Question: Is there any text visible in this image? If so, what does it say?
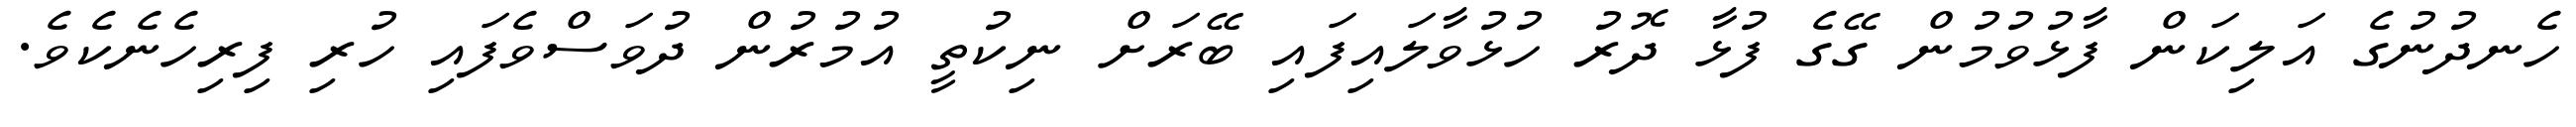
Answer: ހެނދުނުގެ އަލިކަން ފާޅުވުމުން ގޭގެ ފުޅާ ދޮރު ހުޅުވާލައިފައި ބޭރަށް ނިކުތީ އުމުރުން ދުވަސްވެފައި ހުރި ފިރިހެނެކެވެ.